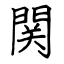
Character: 関